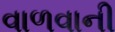
વાળવાની